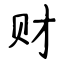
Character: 财